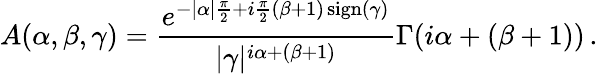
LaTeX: A(\alpha,\beta,\gamma)=\frac{e^{-|\alpha|\frac{\pi}{2}+i\frac{\pi}{2}(\beta+1)\operatorname{sign}(\gamma)}}{|\gamma|^{i\alpha+(\beta+1)}}\Gamma(i\alpha+(\beta+1))\, .